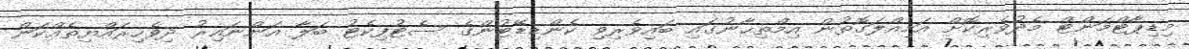
މިޑިޕާޓްމަންޓް މެދުވެރިކޮށް އަމިއްލަގޮތުން އިމްތިޙާނުގައި ބައިވެރިވި ކެންޑިޑޭޓުންގެ ސެޓުފިކެޓު ބަލާ އަންނައިރު ދިވެހިރައްޔިތެއްކަން